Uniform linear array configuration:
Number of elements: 64
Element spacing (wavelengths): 0.25
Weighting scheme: blackman
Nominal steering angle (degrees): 60
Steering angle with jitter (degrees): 59.349
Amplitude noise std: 0.05
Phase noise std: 0.05

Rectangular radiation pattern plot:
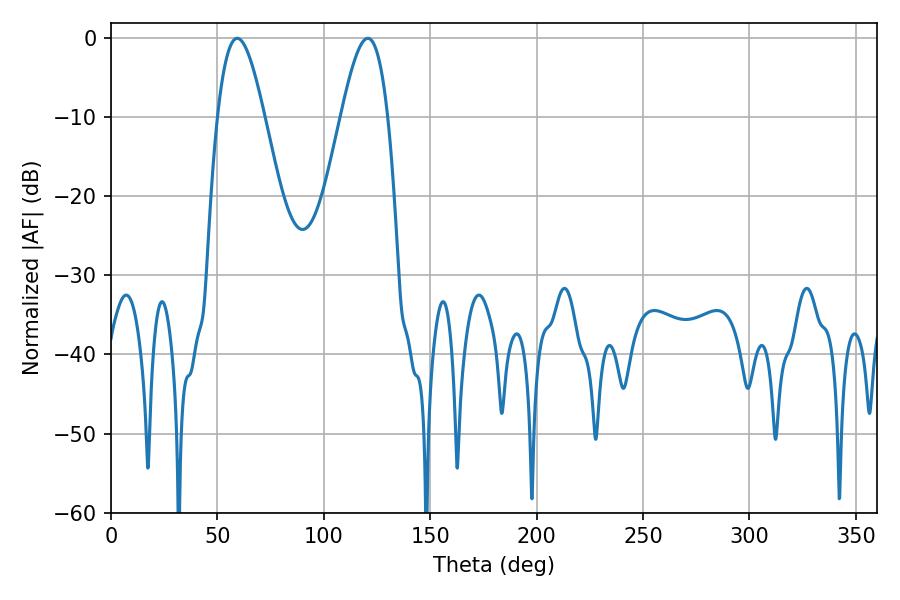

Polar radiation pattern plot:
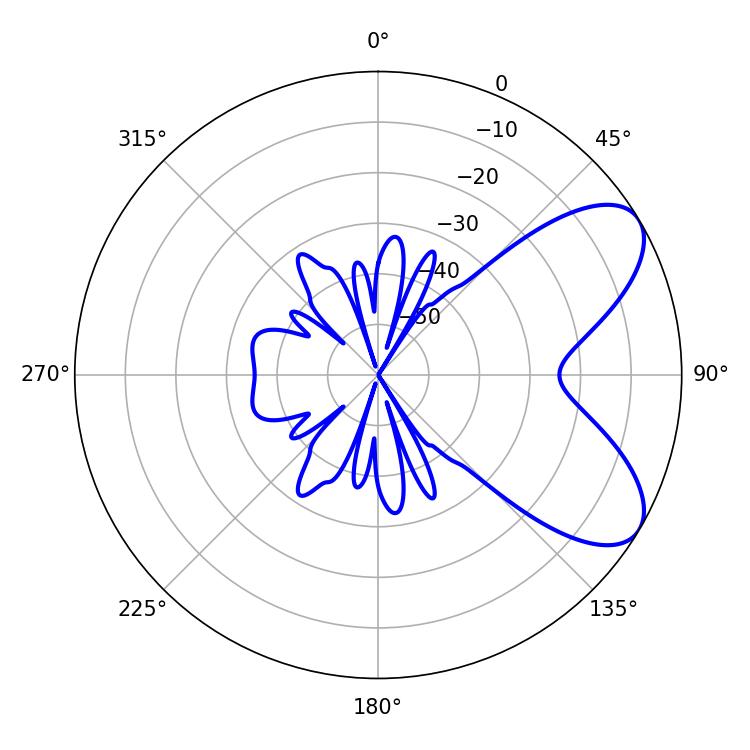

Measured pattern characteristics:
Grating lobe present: FALSE
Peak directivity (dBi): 7.057
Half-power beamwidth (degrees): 11.7
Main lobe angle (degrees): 59.4